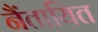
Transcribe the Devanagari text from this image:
नैंतायित